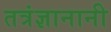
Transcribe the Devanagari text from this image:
तत्रंज्ञानानी